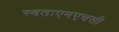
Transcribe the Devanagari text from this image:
स्वतःएमएचसी